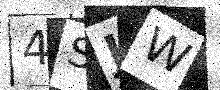
Text: 4SJW